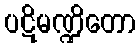
ပဋိမဏ္ဍိတော